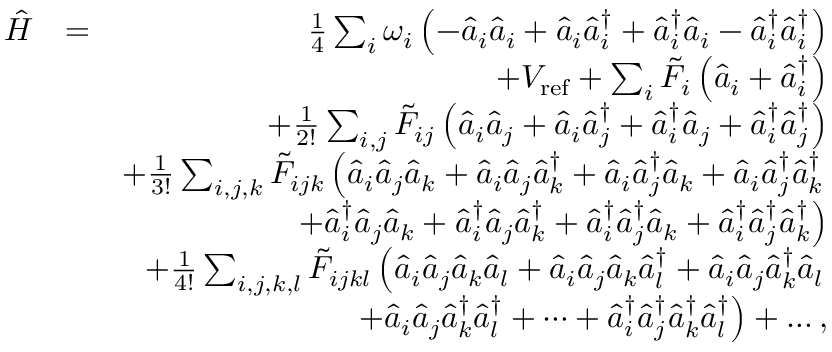
\begin{array} { r l r } { \hat { H } } & { = } & { \frac { 1 } { 4 } \sum _ { i } \omega _ { i } \left( - \hat { a } _ { i } \hat { a } _ { i } + \hat { a } _ { i } \hat { a } _ { i } ^ { \dagger } + \hat { a } _ { i } ^ { \dagger } \hat { a } _ { i } - \hat { a } _ { i } ^ { \dagger } \hat { a } _ { i } ^ { \dagger } \right) } \\ & { } & { + V _ { \mathrm { r e f } } + \sum _ { i } \tilde { F } _ { i } \left( \hat { a } _ { i } + \hat { a } _ { i } ^ { \dagger } \right) } \\ & { } & { + \frac { 1 } { 2 ! } \sum _ { i , j } \tilde { F } _ { i j } \left( \hat { a } _ { i } \hat { a } _ { j } + \hat { a } _ { i } \hat { a } _ { j } ^ { \dagger } + \hat { a } _ { i } ^ { \dagger } \hat { a } _ { j } + \hat { a } _ { i } ^ { \dagger } \hat { a } _ { j } ^ { \dagger } \right) } \\ & { } & { + \frac { 1 } { 3 ! } \sum _ { i , j , k } \tilde { F } _ { i j k } \left( \hat { a } _ { i } \hat { a } _ { j } \hat { a } _ { k } + \hat { a } _ { i } \hat { a } _ { j } \hat { a } _ { k } ^ { \dagger } + \hat { a } _ { i } \hat { a } _ { j } ^ { \dagger } \hat { a } _ { k } + \hat { a } _ { i } \hat { a } _ { j } ^ { \dagger } \hat { a } _ { k } ^ { \dagger } \right. } \\ & { } & { \left. + \hat { a } _ { i } ^ { \dagger } \hat { a } _ { j } \hat { a } _ { k } + \hat { a } _ { i } ^ { \dagger } \hat { a } _ { j } \hat { a } _ { k } ^ { \dagger } + \hat { a } _ { i } ^ { \dagger } \hat { a } _ { j } ^ { \dagger } \hat { a } _ { k } + \hat { a } _ { i } ^ { \dagger } \hat { a } _ { j } ^ { \dagger } \hat { a } _ { k } ^ { \dagger } \right) } \\ & { } & { + \frac { 1 } { 4 ! } \sum _ { i , j , k , l } \tilde { F } _ { i j k l } \left( \hat { a } _ { i } \hat { a } _ { j } \hat { a } _ { k } \hat { a } _ { l } + \hat { a } _ { i } \hat { a } _ { j } \hat { a } _ { k } \hat { a } _ { l } ^ { \dagger } + \hat { a } _ { i } \hat { a } _ { j } \hat { a } _ { k } ^ { \dagger } \hat { a } _ { l } \right. } \\ & { } & { \left. + \hat { a } _ { i } \hat { a } _ { j } \hat { a } _ { k } ^ { \dagger } \hat { a } _ { l } ^ { \dagger } + \cdots + \hat { a } _ { i } ^ { \dagger } \hat { a } _ { j } ^ { \dagger } \hat { a } _ { k } ^ { \dagger } \hat { a } _ { l } ^ { \dagger } \right) + \dots , } \end{array}